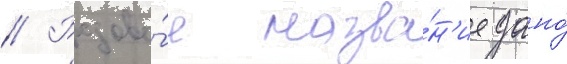
// Родово́е назва́н'ие дано́